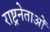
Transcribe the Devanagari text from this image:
राष्ट्रनेताओं